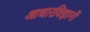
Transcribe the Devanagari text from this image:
आधारविज्ञानों